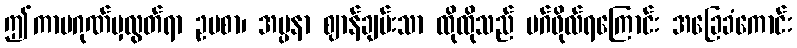
ဤကာမဂုဏ်မှလွတ်ရာ ဥပစာ၊ အပ္ပနာ ဈာန်ချမ်းသာ ထိုထိုသည် မဂ်ဖိုလ်ရကြောင်း အခြေခံကောင်း